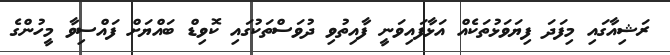
ރަޝިއާގައި މިފަދަ ފިޔަވަޅުތަކެއް އަޅާފައިވަނީ ފާއިތުވި ދުވަސްތަކުގައި ކޮވިޑް ބައްޔަށް ފައްސިވާ މީހުންގެ